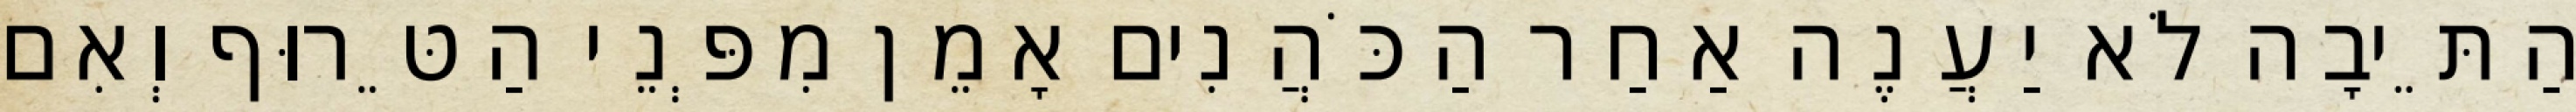
הַתֵּיבָה לֹא יַעֲנֶה אַחַר הַכֹּהֲנִים אָמֵן מִפְּנֵי הַטֵּרוּף וְאִם